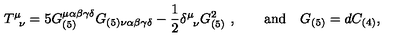
T _ { \phantom { \mu } \nu } ^ { \mu } = 5 G _ { ( 5 ) } ^ { \mu \alpha \beta \gamma \delta } G _ { ( 5 ) \nu \alpha \beta \gamma \delta } - \frac { 1 } { 2 } \delta _ { \phantom { \mu } \nu } ^ { \mu } G _ { ( 5 ) } ^ { 2 } \ , \qquad \mathrm { a n d } \quad G _ { ( 5 ) } = d C _ { ( 4 ) } ,